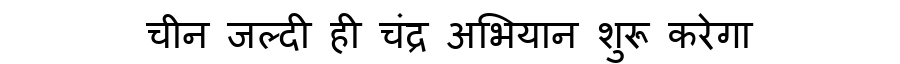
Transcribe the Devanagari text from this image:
चीन जल्दी ही चंद्र अभियान शुरू करेगा